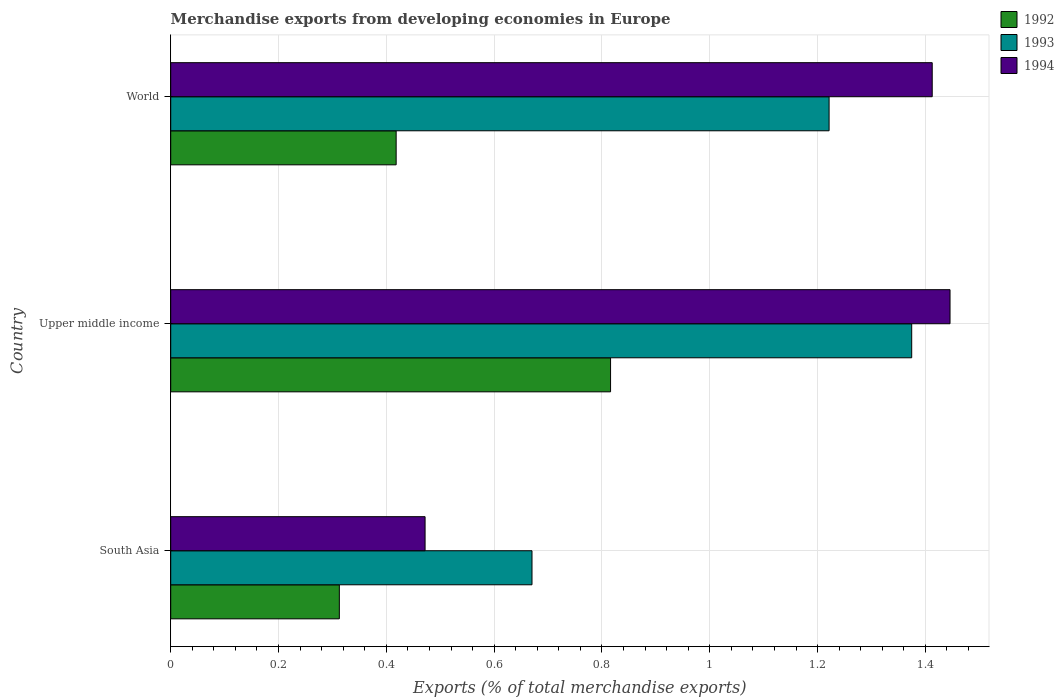
| Country | 1992 | 1993 | 1994 |
 | --- | --- | --- | --- |
 | South Asia | 0.313 | 0.67 | 0.472 |
 | Upper middle income | 0.816 | 1.37 | 1.45 |
 | World | 0.418 | 1.22 | 1.41 |